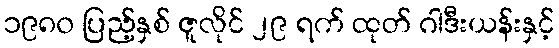
၁၉၈၀ ပြည့်နှစ် ဇူလိုင် ၂၉ ရက် ထုတ် ဂါဒီးယန်းနှင့်